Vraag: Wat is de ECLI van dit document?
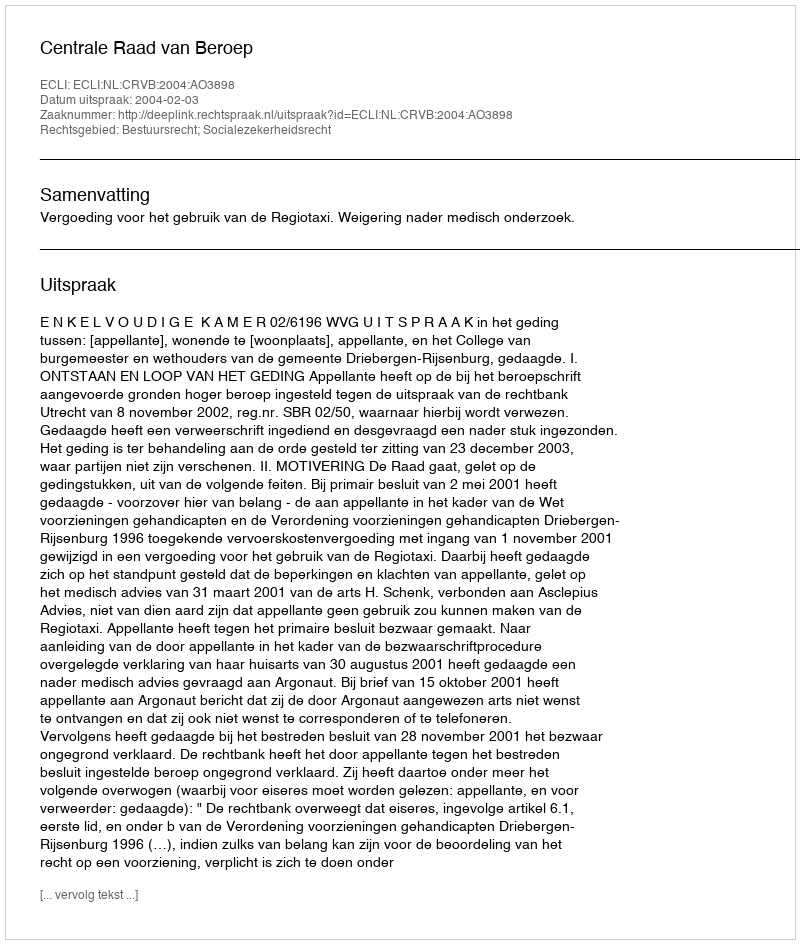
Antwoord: ECLI:NL:CRVB:2004:AO3898